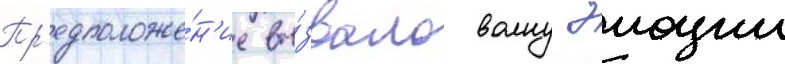
Пр'едположе́н'ие вы́звало волну эмоции